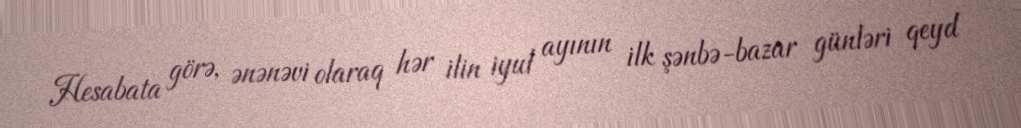
Hesabata görə, ənənəvi olaraq hər ilin iyul ayının ilk şənbə-bazar günləri qeyd